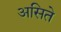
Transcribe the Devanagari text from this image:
असिते